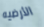
الأرضيه